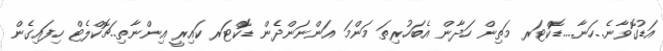
އަޑުގޮވާނެ..ހަނާ....ޑޮކްޓަރ މަތިން ހަދާން އެބަހުރިތަ މަންމަ އަންނަންދެން ޑޮކްޓަރ ކައިރީ އިންނާތި..ޗޮކްލެޓް ހިފައިގެން